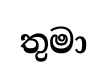
තුමා